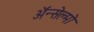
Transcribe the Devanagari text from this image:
ॲन्सेल्मो